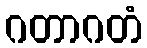
ဂတာဂတံ